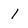
Character: 1